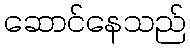
ဆောင်နေသည်